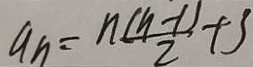
a _ { n } = \frac { n ( n - 1 ) } { 2 } + 3